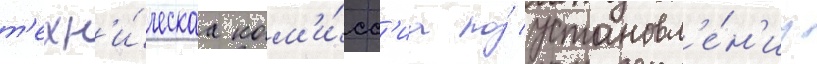
т'ехн'и́ческаа ком'и́сс'иа по́ установл'е́н'иу